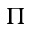
\Pi